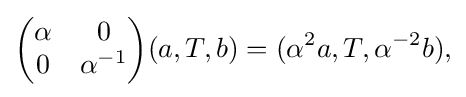
\displaystyle {{\begin{pmatrix}\alpha &0\\0&\alpha ^{-1}\end{pmatrix}}(a,T,b)=(\alpha ^{2}a,T,\alpha ^{-2}b),}